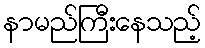
နာမည်ကြီးနေသည့်